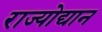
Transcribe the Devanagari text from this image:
राज्योद्यान